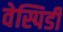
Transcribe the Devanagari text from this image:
वेस्पिडी